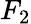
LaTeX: F_{2}